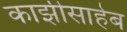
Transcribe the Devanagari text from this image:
काझीसाहेब